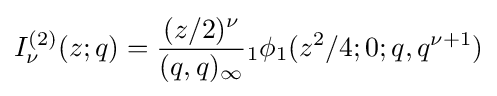
I_{\nu }^{(2)}(z;q)={\frac {(z/2)^{\nu }}{(q,q)_{\infty }}}{}_{1}\phi _{1}(z^{2}/4;0;q,q^{\nu +1})